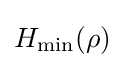
H_{\rm {min}}(\rho )